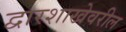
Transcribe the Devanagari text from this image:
द्वारशाखेवरील